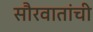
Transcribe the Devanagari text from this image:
सौरवातांची